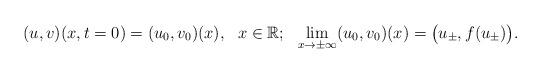
LaTeX: \begin{align*}(u,v)(x,t=0)=(u_0,v_0)(x), \ \ x\in \mathbb{R}; \ \ \lim_{x\rightarrow \pm \infty}(u_0, v_0)(x) = \big(u_\pm, f(u_\pm) \big).\end{align*}